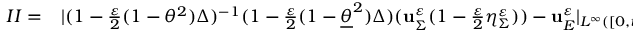
\begin{array} { r l } { I I = } & { { } | ( 1 - \frac { \varepsilon } { 2 } ( 1 - \theta ^ { 2 } ) \Delta ) ^ { - 1 } ( 1 - \frac { \varepsilon } { 2 } ( 1 - \underline { { \theta } } ^ { 2 } ) \Delta ) ( \mathbf { u } _ { \Sigma } ^ { \varepsilon } ( 1 - \frac { \varepsilon } { 2 } \eta _ { \Sigma } ^ { \varepsilon } ) ) - \mathbf { u } _ { E } ^ { \varepsilon } | _ { L ^ { \infty } ( [ 0 , t ] \times H ^ { s } ) } } \end{array}